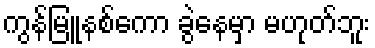
ကွန်မြူနစ်ကော ခွဲနေမှာ မဟုတ်ဘူး